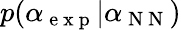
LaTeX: p(\alpha_{\mathrm{~e~x~p~}}|\alpha_{\mathrm{~N~N~}})